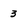
Character: 3